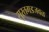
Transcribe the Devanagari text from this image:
सुरतगडजवळ